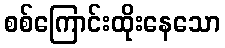
စစ်ကြောင်းထိုးနေသော